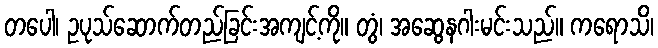
တပေါ၊ ဥပုသ်ဆောက်တည်ခြင်းအကျင့်ကို။ တွံ၊ အဆွေနဂါးမင်းသည်။ ကရောသိ၊